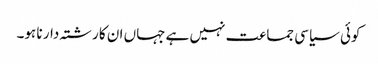
کوئی سیاسی جماعت نہیں ہے جہاں ان کا رشتہ دار نا ہو۔